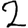
Digit: 2